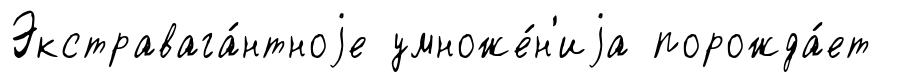
Экстравага́нтноjе умноже́н'иjа порожда́ет